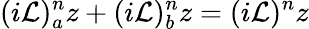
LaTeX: (i\mathcal{L})_{a}^{n}z+(i\mathcal{L})_{b}^{n}z=(i\mathcal{L})^{n}z